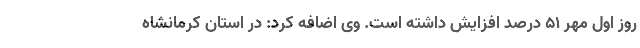
روز اول مهر ۵۱ درصد افزایش داشته است. وی اضافه کرد: در استان کرمانشاه